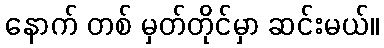
နောက် တစ် မှတ်တိုင်မှာ ဆင်းမယ်။